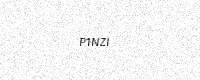
Text: P1NZI